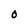
Character: O